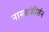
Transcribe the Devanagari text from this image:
नामसंकीर्तन